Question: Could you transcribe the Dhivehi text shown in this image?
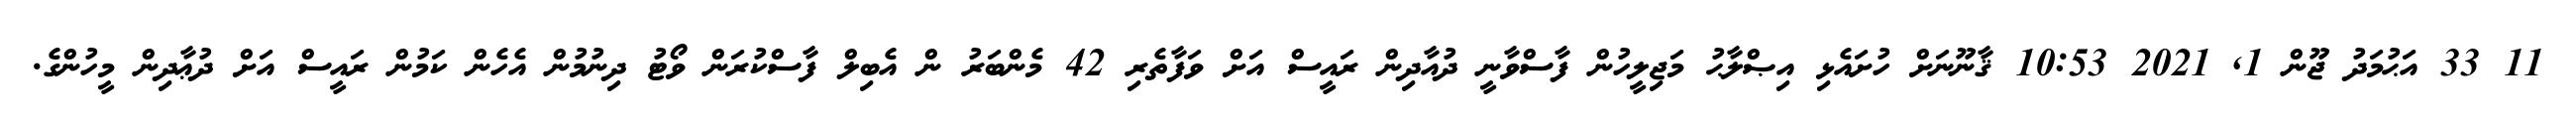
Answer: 11 33 އަޙުމަދު ޖޫން 1, 2021 10:53 ޤާނޫނަށް ހުށައެޅި އިޞްލާޙު މަޖިލީހުން ފާސްވާނީ ދުއާދިން ރައީސް އަށް ވަފާތެރި 42 މެންބަރު ން އެބިލް ފާސްކުރަން ވޯޓު ދިނުމުން އެހެން ކަމުން ރައީސް އަށް ދުޢާދިން މީހުންގެ.